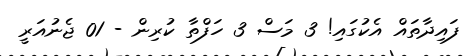
ފައިދާތައް އެކުގައި! 3 މަސް 3 ހަފްތާ ކުރިން - 01 ޖެނުއަރީ